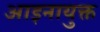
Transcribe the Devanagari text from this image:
आइनायुक्त